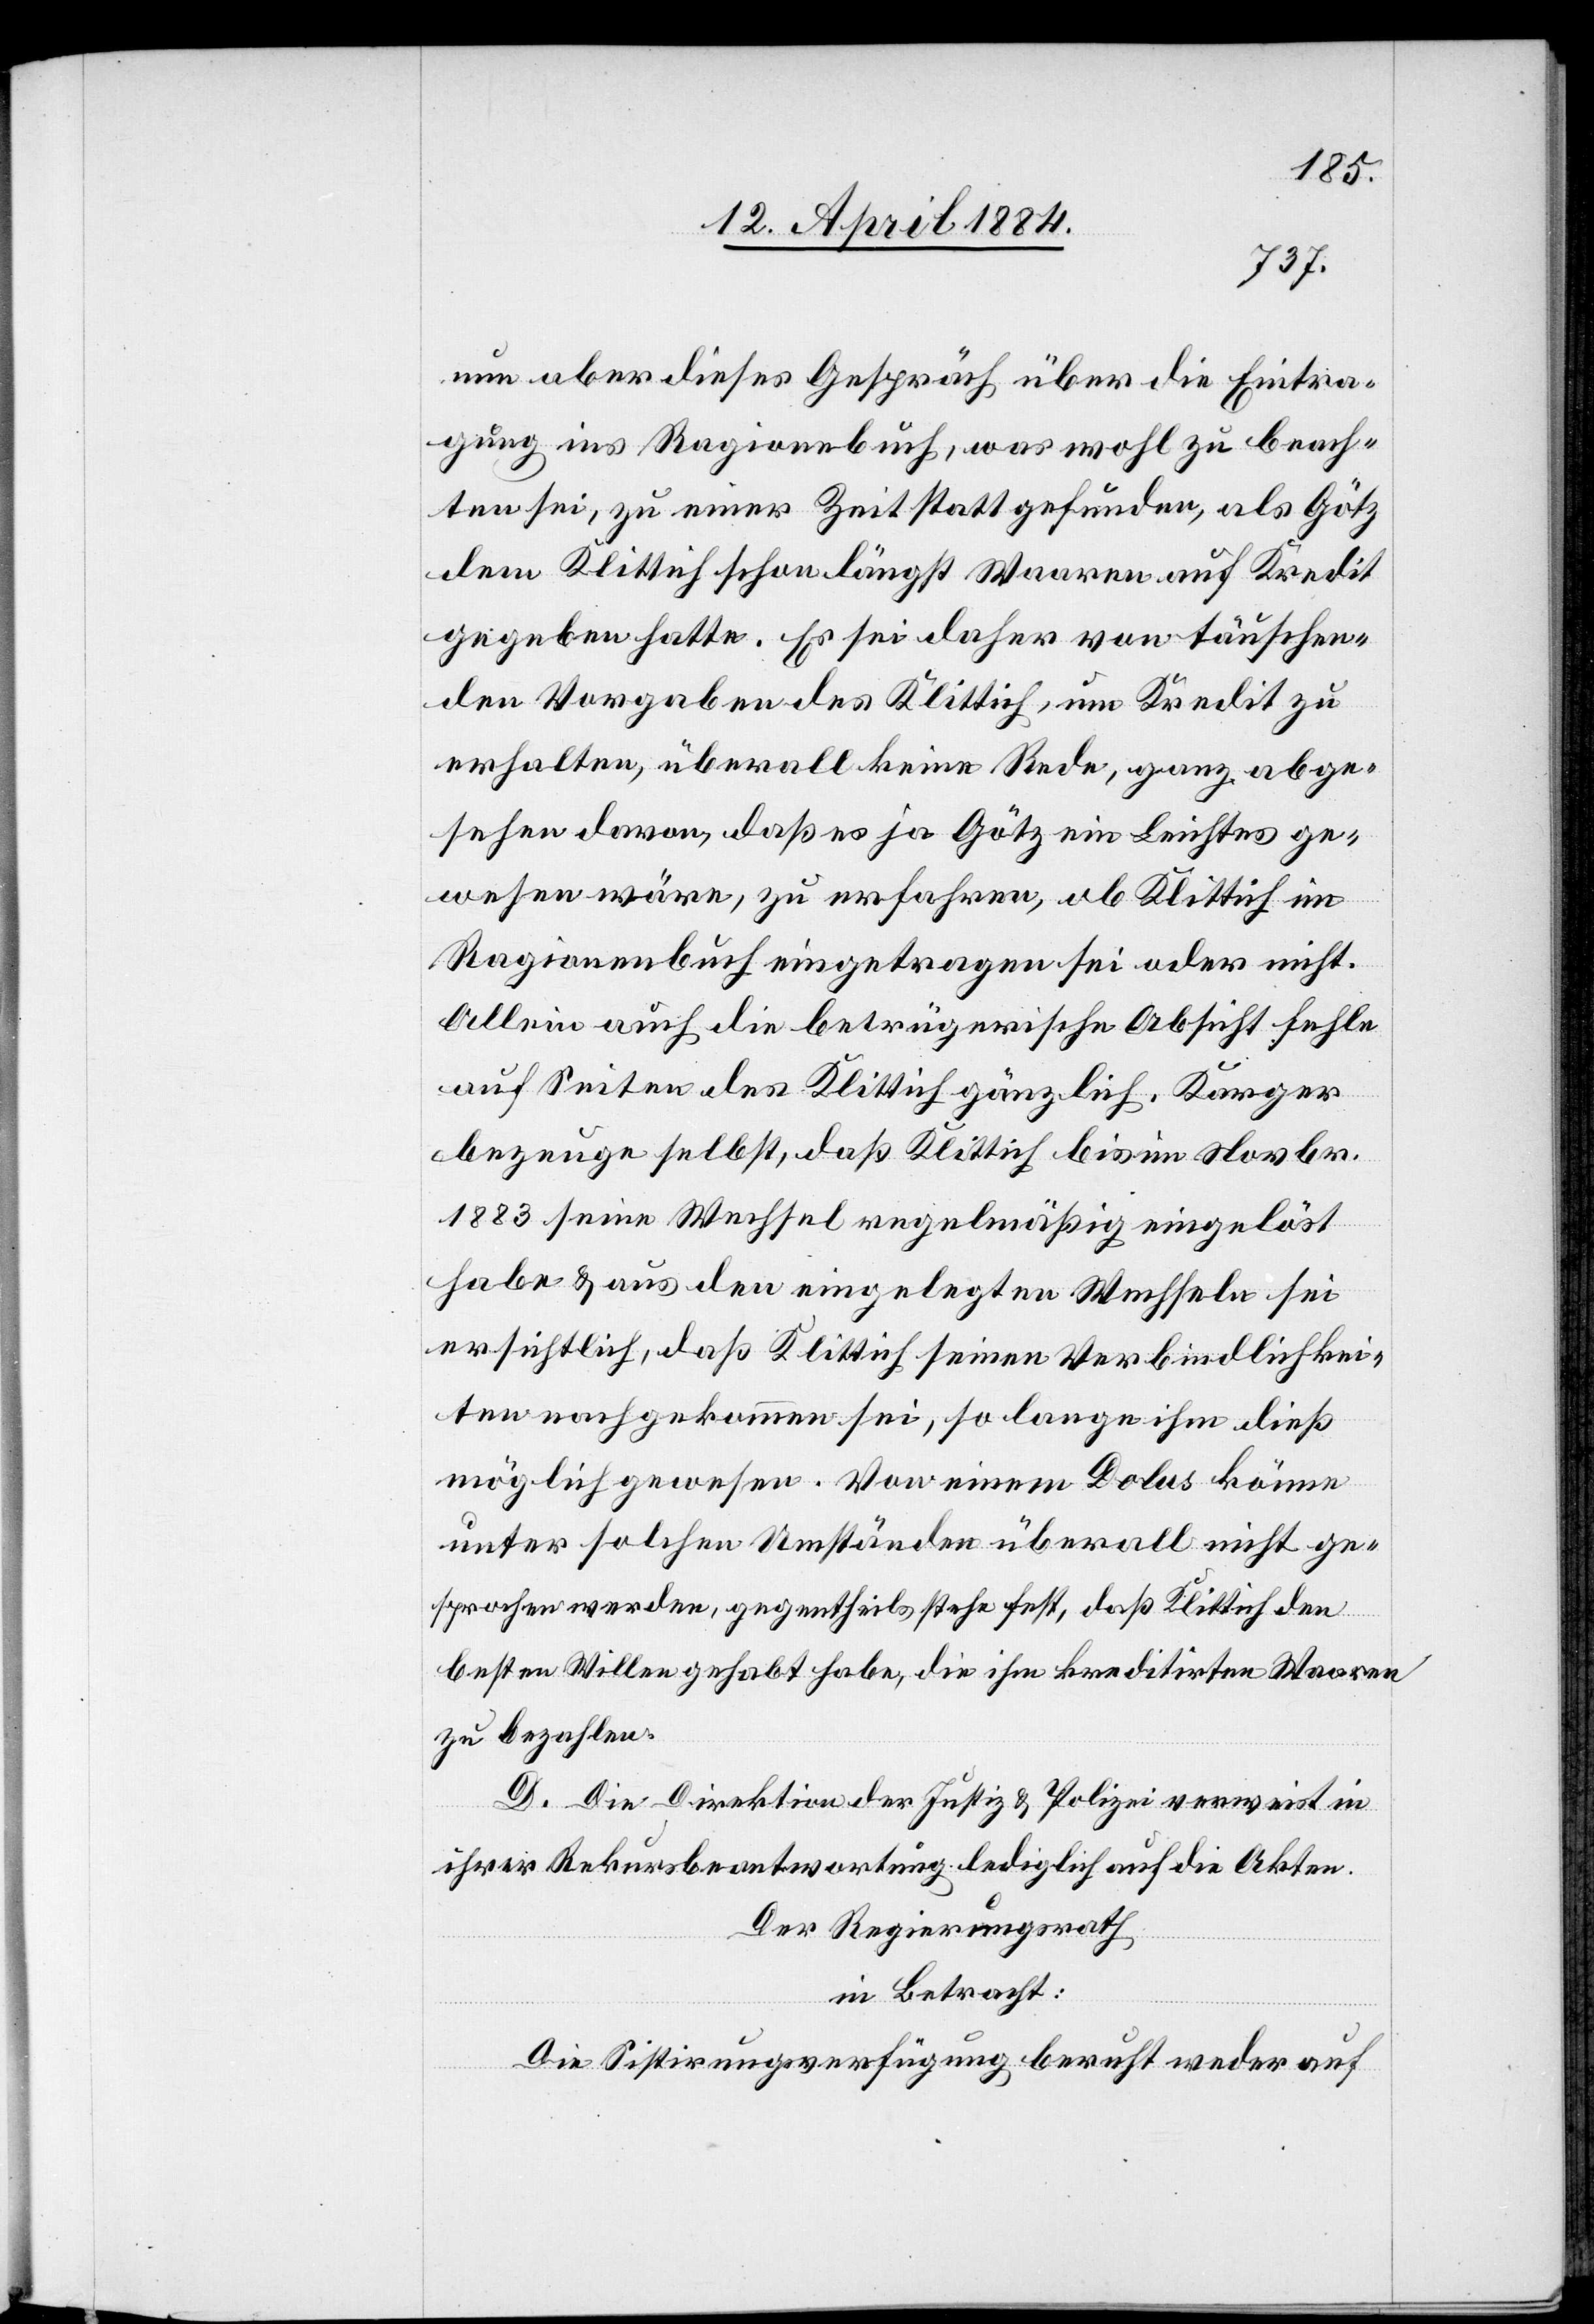
nun aber dieses Gespräch über die Eintra¬
gung ins Ragionebuch [sic!], was wohl zu beach¬
ten sei, zu einer Zeit stattgefunden, als Götz
dem Klittich schon längst Waaren auf Kredit
gegeben hatte. Es sei daher von täuschen¬
den Vorgaben des Klittich, um Kredit zu
erhalten, überall keine Rede, ganz abge¬
sehen davon, daß es ja Götz ein Leichtes ge¬
wesen wäre, zu erfahren, ob Klittich im
Ragionenbuch eingetragen sei oder nicht.
Allein auch die betrügerische Absicht fehle
auf Seiten des Klittich gänzlich. Karger
bezeuge selbst, daß Klittich bis im Novbr.
1883 seine Wechsel regelmäßig eingelöst
habe & aus den eingelegten Wechseln sei
ersichtlich, daß Klittich seinen Verbindlichkei¬
ten nachgekommen sei, so lange ihm dieß
möglich gewesen. Von einem Dolus könne
unter solchen Umständen überall nicht ge¬
sprochen werden, gegentheils stehe fest, daß Klittich den
besten Willen gehabt habe, die ihm kreditirten Waaren
zu bezahlen.
D. Die Direktion der Justiz & Polizei verweist in
ihrer Rekursbeantwortung lediglich auf die Akten.
Der Regierungsrath
in Betracht:
Die Sistirungsverfügung beruht weder auf